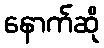
နောက်ဆို